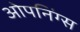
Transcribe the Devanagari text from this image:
ओपनिंग्स